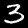
Digit: 3